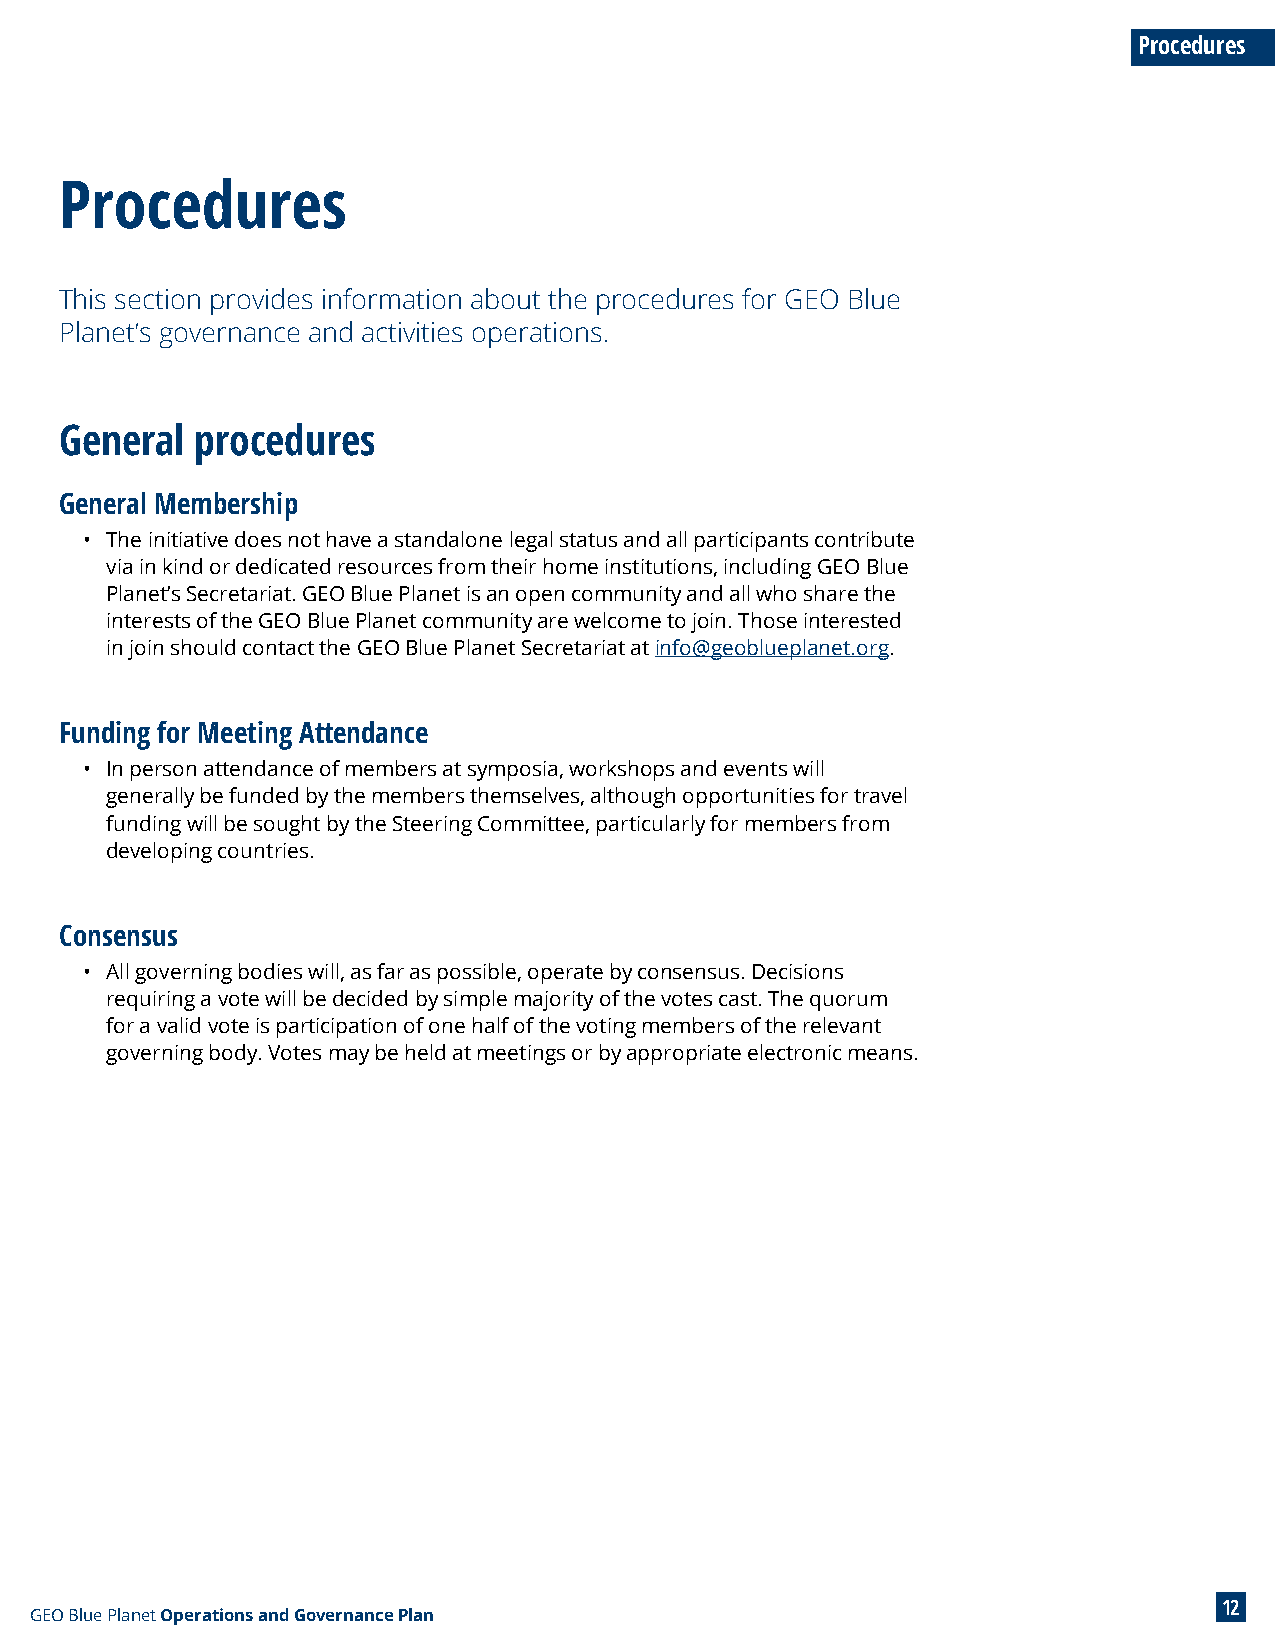
Procedures
 Procedures
 This section provides information about the procedures for GEO Blue
 Planet’s governance and activities operations.
 General  procedures
 General Membership
 • The initiative does not have a standalone legal status and all participants contribute
 via in kind or dedicated resources from their home institutions, including GEO Blue
 Planet’s Secretariat. GEO Blue Planet is an open community and all who share the
 interests of the GEO Blue Planet community are welcome to join. Those interested
 in join should contact the GEO Blue Planet Secretariat at info@geoblueplanet.org.
 Funding for Meeting Attendance
 • In person attendance of members at symposia, workshops and events will
 generally be funded by the members themselves, although opportunities for travel
 funding will be sought by the Steering Committee, particularly for members from
 developing countries.
 Consensus
 • All governing bodies will, as far as possible, operate by consensus. Decisions
 requiring a vote will be decided by simple majority of the votes cast. The quorum
 for a valid vote is participation of one half of the voting members of the relevant
 governing body. Votes may be held at meetings or by appropriate electronic means.
 12
 GEO Blue Planet Operations and Governance Plan